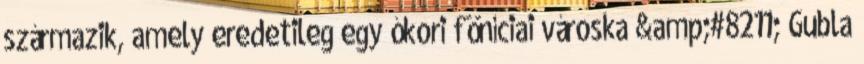
származik, amely eredetileg egy ókori föníciai városka &amp;#8211; Gubla